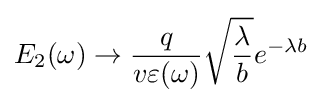
E_{2}(\omega )\rightarrow {\frac {q}{v\varepsilon (\omega )}}{\sqrt {\frac {\lambda }{b}}}e^{-\lambda b}